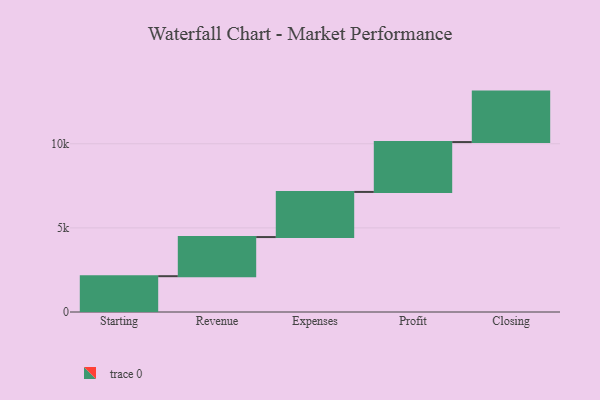
{"axis": {"x": "Step", "y": "Value"}, "legend": [""], "data": [{"x": "Starting", "y": 2129.0, "type": ""}, {"x": "Revenue", "y": 2326.0, "type": ""}, {"x": "Expenses", "y": 2683.0, "type": ""}, {"x": "Profit", "y": 2965.0, "type": ""}, {"x": "Closing", "y": 3000, "type": ""}]}